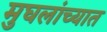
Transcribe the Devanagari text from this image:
मुघलांच्यात